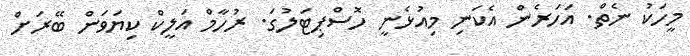
މީހަކު ނެތް. އަހަރެން އެކަނި މިއުޅެނީ ހޮސްޕިޓަލުގަ. ރުހާމް އަލީކް ކިޔަވަން ބޭރަށް